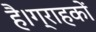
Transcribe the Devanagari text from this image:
है।ग्राहकों